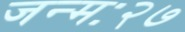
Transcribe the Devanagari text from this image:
जन्मः२७